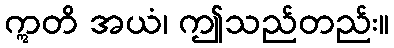
ဣတိ အယံ၊ ဤသည်တည်း။